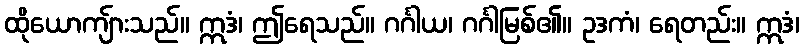
ထိုယောကျ်ားသည်။ ဣဒံ၊ ဤရေသည်။ ဂင်္ဂါယ၊ ဂင်္ဂါမြစ်၏။ ဥဒကံ၊ ရေတည်း။ ဣဒံ၊